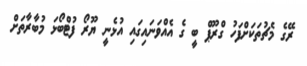
ރޭގެ މެޗުތަކަށްފަހު ގްރޫޕް ބީ ގެ އެއްވަނައިގައި އުޅެނީ ޔޫރޯ ފުޓްބޯޅަ މުބާރާތަށް